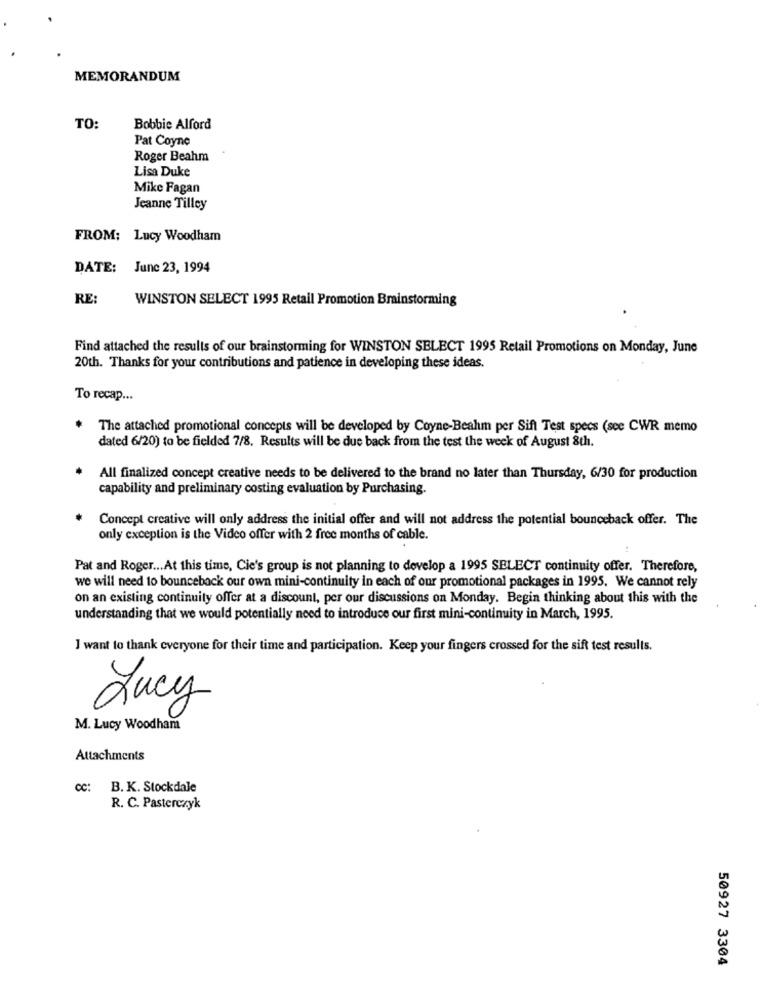
MEMORANDUM
TO:
Bobbie Alford
Pat Coyne
Roger Beahm
Lisa Duke
Mike Fagan
Jeanne Tilley
FROM: Lucy Woodham
DATE: June 23, 1994
RE:
WINSTON SELECT 1995 Retail Promotion Brainstorming
Find attached the results of our brainstorming for WINSTON SELECT 1995 Retail Promotions on Monday, June
20th. Thanks for your contributions and patience in developing these ideas.
To recap ...
The attached promotional concepts will be developed by Coyne-Beahm per Sift Test specs (see CWR memo
dated 6/20) to be fielded 7/8. Results will be due back from the test the week of August 8th.
All finalized concept creative needs to be delivered to the brand no later than Thursday, 6/30 for production
capability and preliminary costing evaluation by Purchasing.
Concept creative will only address the initial offer and will not address the potential bounceback offer. The
only exception is the Video offer with 2 free months of cable.
Pat and Roger ... At this time, Cie's group is not planning to develop a 1995 SELECT continuity offer. Therefore,
we will need to bounceback our own mini-continuity in each of our promotional packages in 1995. We cannot rely
on an existing continuity offer at a discount, per our discussions on Monday. Begin thinking about this with the
understanding that we would potentially need to introduce our first mini-continuity in March, 1995.
I want to thank everyone for their time and participation. Keep your fingers crossed for the sift test results.
Lucy
M. Lucy Woodham
Attachments
CC:
B. K. Stockdale
R. C. Pasterczyk
50927 3304